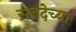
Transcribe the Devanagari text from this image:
सनदेच्या